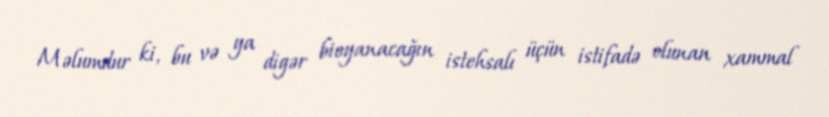
Məlumdur ki, bu və ya digər bioyanacağın istehsalı üçün istifadə olunan xammal